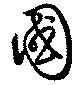
國